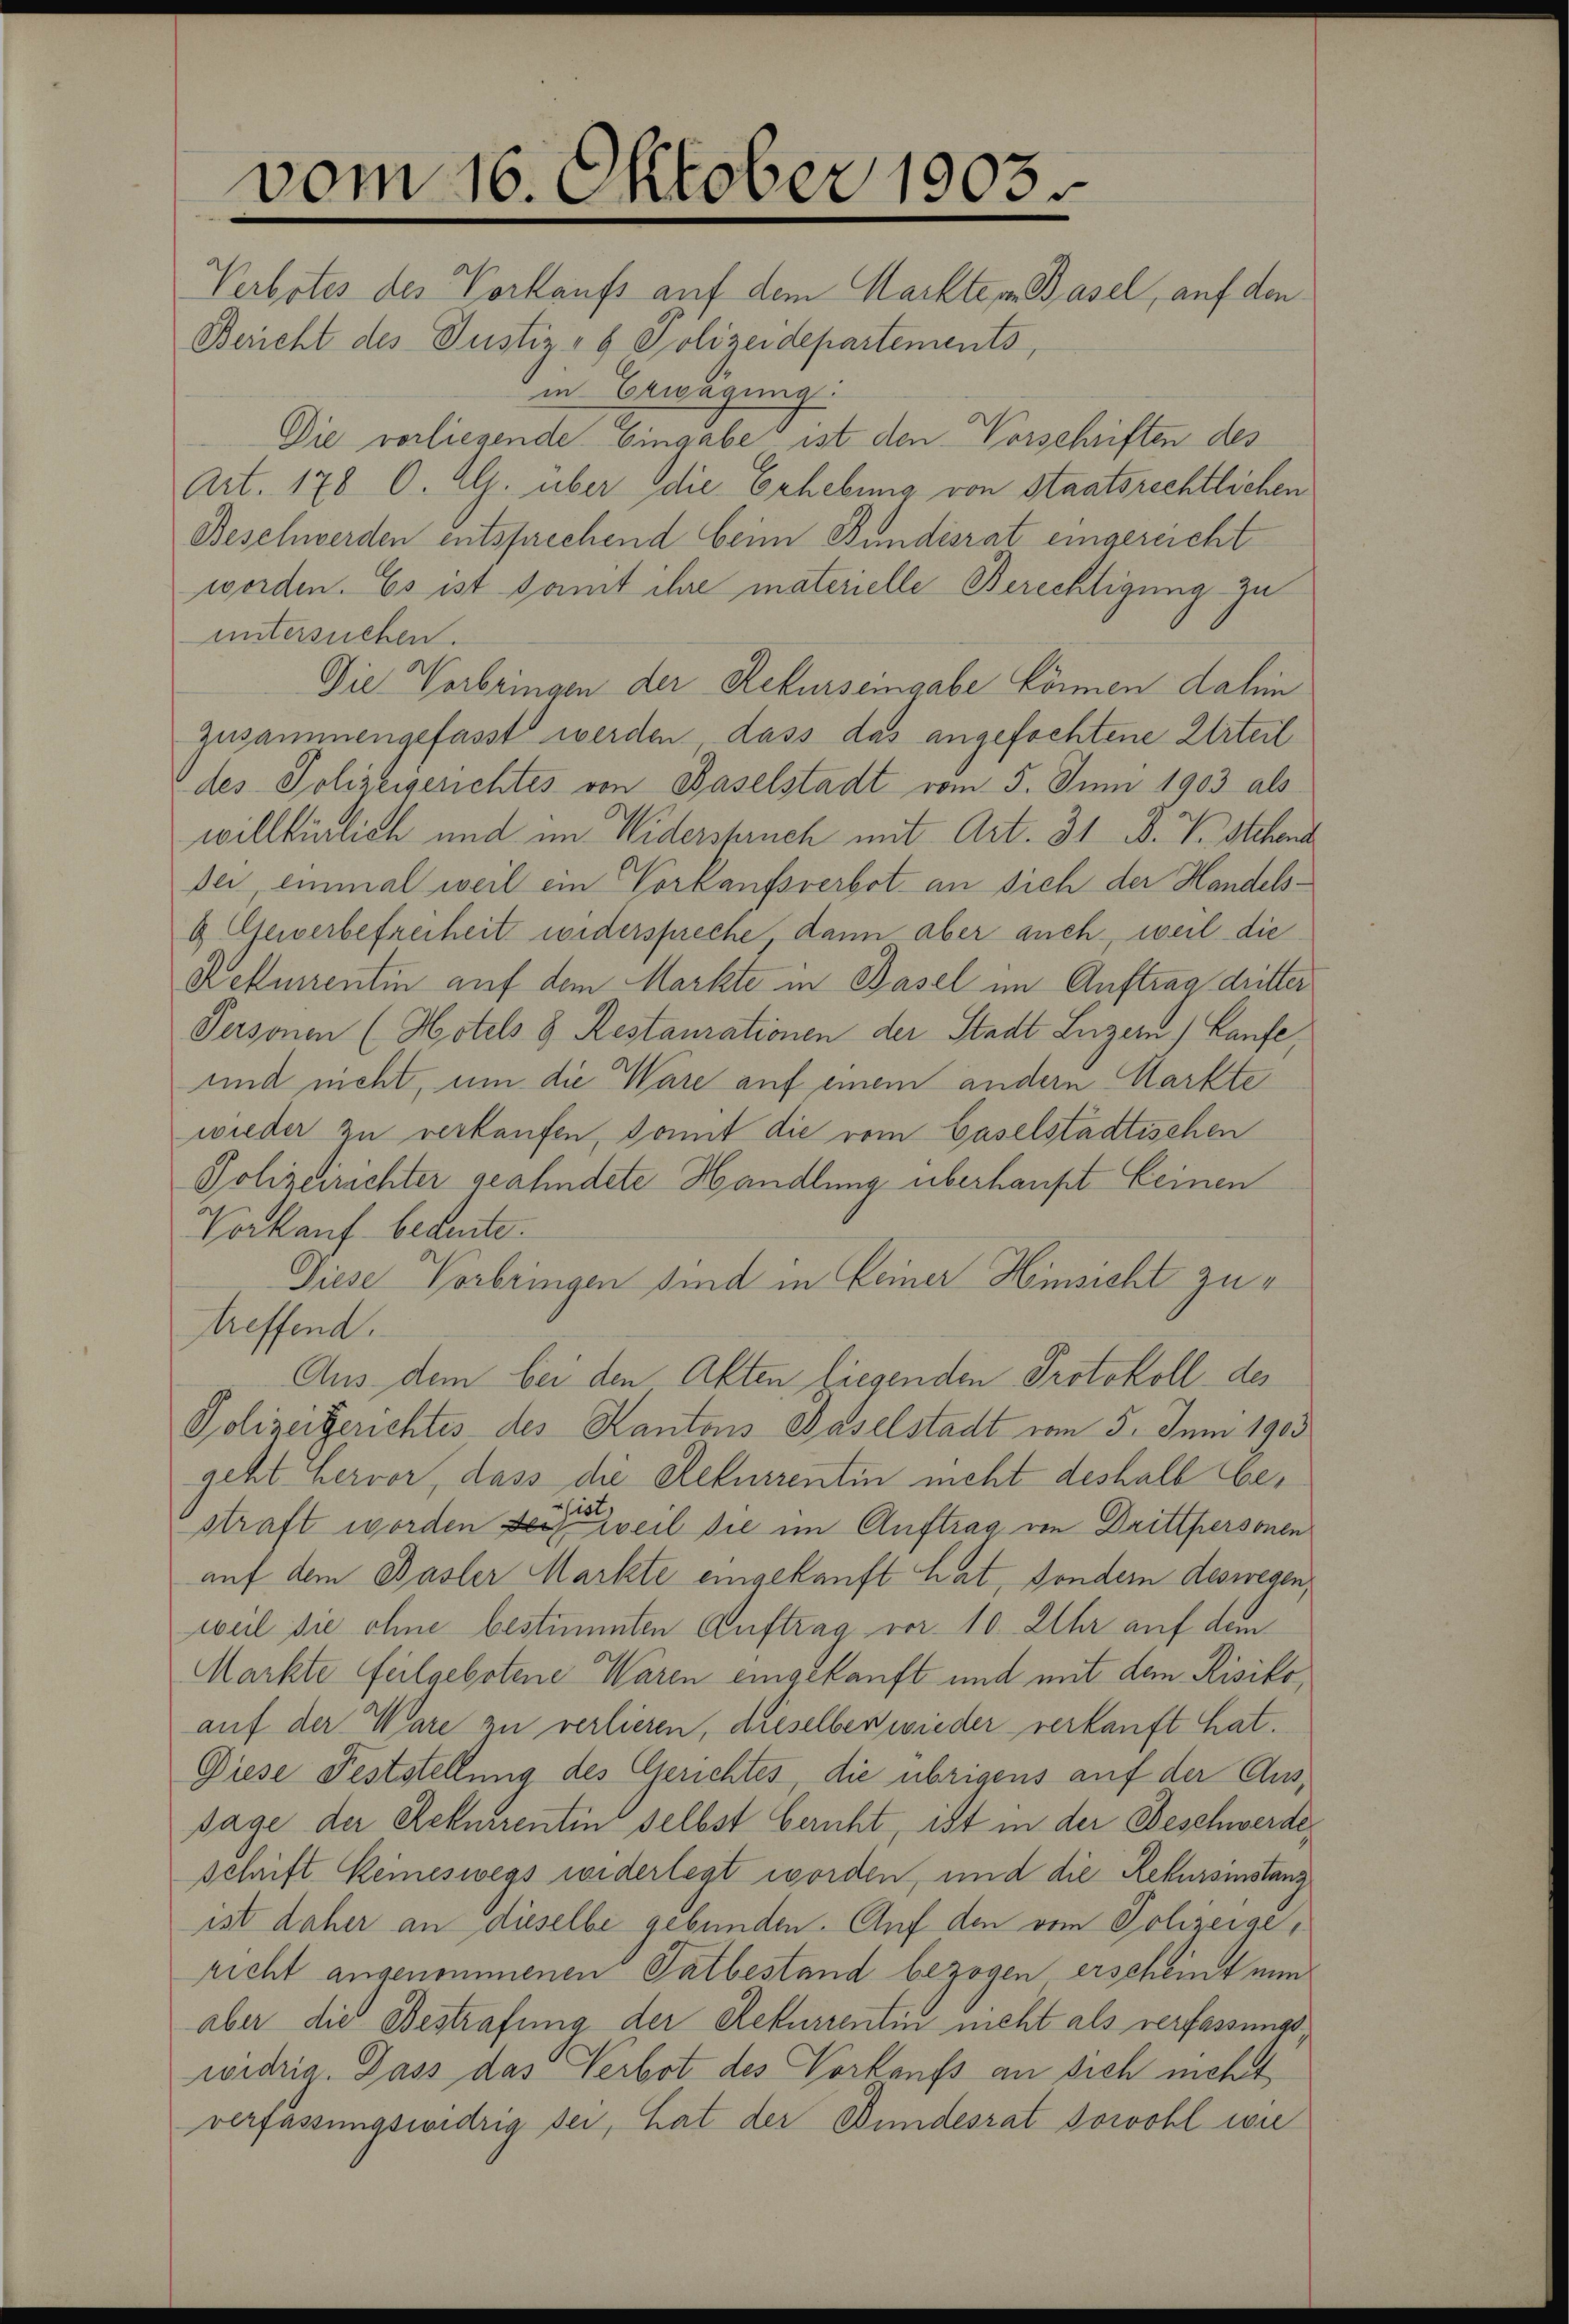
vom 16. Oktober 1903.
Verbotes des Vorkaufs auf dem Markte in Basel, auf den
Bericht des Justiz- & Polizeidepartements,

in Erwägung
Die vorliegende Eingabe ist den Vorschriften des
Art. 178 O. Al. über die Erhebung von staatsrechtlichen
Beschwerden entsprechend beim Bundesrat eingereicht
werden. Es ist samt ihre materielle Berechtigung zu
untersuchen.
Die Vorbringen der Rekurseingabe können dahin
zusammengefasst werden dass das angefochtene Urteil
des Polizeigerichtes von Baselstadt vom 5. Juni 1903 als
willkürlich und im Widerspruch mit Art. 31 B. V. Schen
Dei einmal weil ein Vorkaufsverbot an sich der Handels¬
& Gewerbefreiheit widerspreche, dann aber auch, weil die
Rekurrentin auf dem Markte in Basel im Auftrag dritter
Personen (Hotels 8 Restaurationen der Stadt Luzern) Laufe,
und nicht, um die Ware auf einem andern Markte
wieder zu verkaufen, damit die vom Gaselstadtischen
Polizeirichter geahndete Handlung überhaupt keinen
Vorkauf bedeute.
Diese Vorbringen sind in keiner Hinsicht zutreffend.
Aus dem bei den Akten liegenden Protokoll des
Polizeigerichtes des Kantons Baselstadt vom 5. Juni 1903
geht hervor, dass die Rekurrentin nicht deshalb beist,
straft worden der weil sie im Auftrag im Drittpersonen
auf dem Basler Markte eingekauft hat, sondern deswegen,
weil die ohne bestimmten Auftrag vor 10. Uhr auf dem
Markte feilgebotene Waren eingekauft und mit dem Risiko
auf der Ware zu verlieren, dieselben wieder verkauft hat.
Diese Feststellung des Gerichtes, die übrigens auf der Aussage der Rekurentin selbst beruht, ist in der Beschwerde
schrift Keineswegs widerlegt worden, und die Rekursinstanz
ist daher an dieselbe gebunden. Auf den vom Polizeige,
richt angenommenen Tatbestand bezogen erscheint nun
aber die Bestrafung der Rekurrentin nicht als verfassungs
widrig. Dass das Verbot des Vorkaufs an sich mehrt
verfassungswidrig sei, hat der Bundesrat sowohl wir